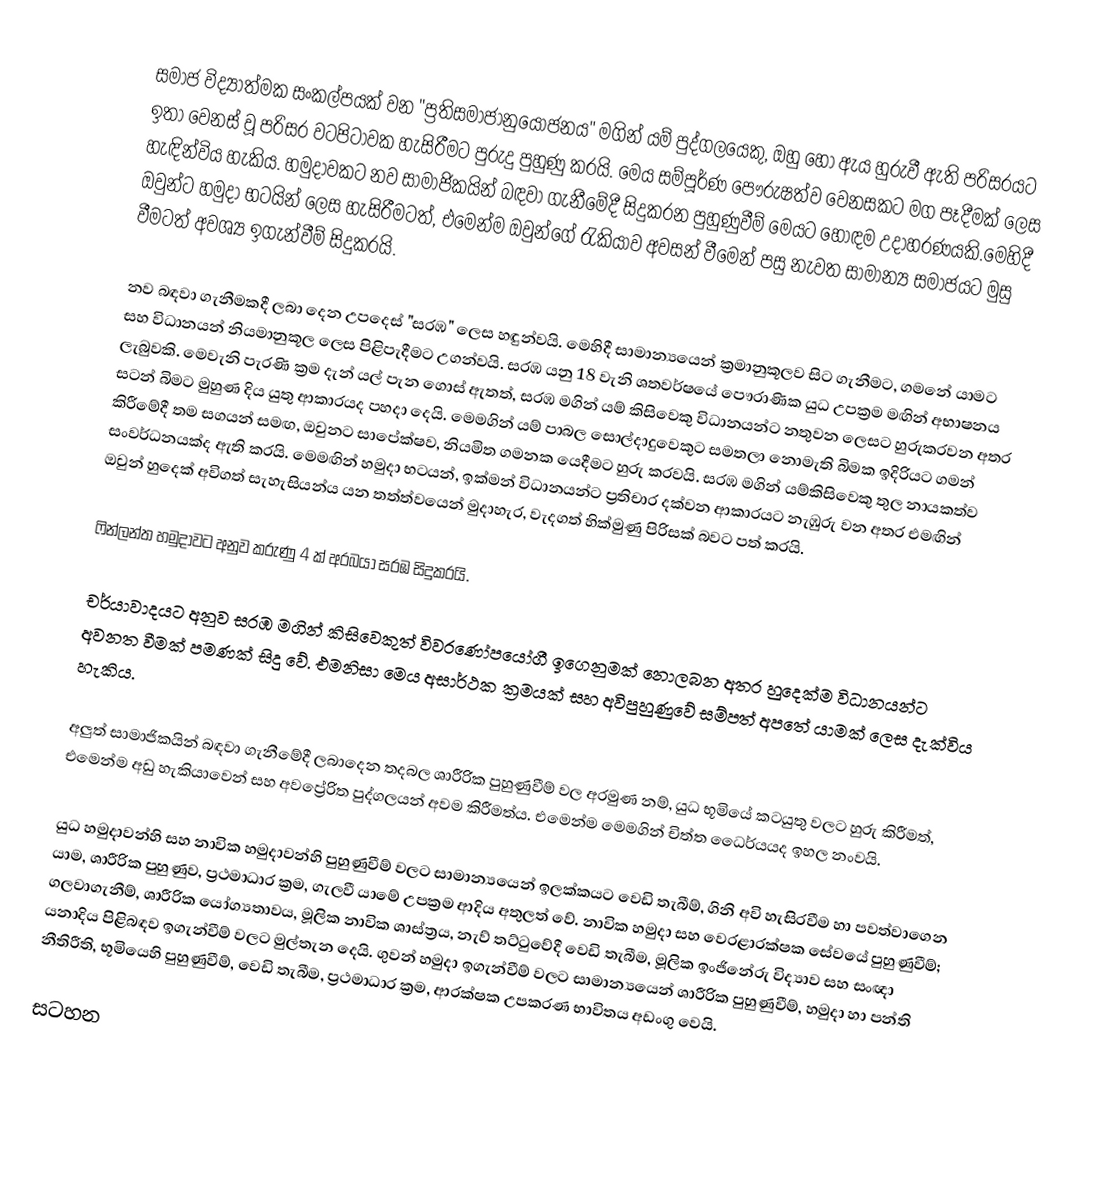
සමාජ විද්‍යාත්මක සංකල්පයක් වන "ප්‍රතිසමාජානුයෝජනය" මගින් යම් පුද්ගලයෙකු, ඔහු හෝ ඇය හුරුවී ඇති පරිසරයට ඉතා වෙනස් වූ පරිසර වටපිටාවක හැසිරීමට පුරුදු පුහුණු කරයි. මෙය සම්පූර්ණ පෞරුෂත්ව වෙනසකට මග පෑදීමක් ලෙස හැඳින්විය හැකිය. හමුදාවකට නව සාමාජිකයින් බඳවා ගැනීමේදී සිදුකරන පුහුණුවීම් මෙයට හොඳම උදාහරණයකි.මෙහිදී ඔවුන්ට හමුදා භටයින් ලෙස හැසිරීමටත්, එමෙන්ම ඔවුන්ගේ රැකියාව අවසන් වීමෙන් පසු නැවත සාමාන්‍ය සමාජයට මුසු වීමටත් අවශ්‍ය ඉගැන්වීම් සිදුකරයි.

නව බඳවා ගැනීමකදී ලබා දෙන උපදෙස්  "සරඹ" ලෙස හඳුන්වයි. මෙහිදී සාමාන්‍යයෙන් ක්‍රමානුකූලව සිට ගැනීමට, ගමනේ යාමට සහ විධානයන් නියමානුකූල ලෙස පිළිපැදීමට උගන්වයි. සරඹ යනු 18 වැනි ශතවර්ෂයේ පෞරාණික යුධ උපක්‍රම මඟින් අභාෂනය ලැබුවකි. මෙවැනි පැරණි ක්‍රම දැන් යල් පැන ගොස් ඇතත්, සරඹ මගින් යම් කිසිවෙකු විධානයන්ට නතුවන ලෙසට හුරුකරවන අතර සටන් බිමට මුහුණ දිය යුතු ආකාරයද පහදා දෙයි. මෙමගින් යම් පාබල සොල්දාදුවෙකුට සමතලා නොමැති බිමක ඉදිරියට ගමන් කිරීමේදී තම සගයන් සමඟ, ඔවුනට සාපේක්ෂව, නියමිත ගමනක යෙදීමට හුරු කරවයි. සරඹ මගින් යම්කිසිවෙකු තුල නායකත්ව සංවර්ධනයක්ද ඇති කරයි. මෙමඟින් හමුදා භටයන්, ඉක්මන් විධානයන්ට ප්‍රතිචාර දක්වන ආකාරයට නැඹුරු වන අතර එමඟින් ඔවුන් හුදෙක් අවිගත් සැහැසියන්ය යන තත්ත්වයෙන් මුදාහැර, වැදගත් හික්මුණු පිරිසක් බවට පත් කරයි.

ෆින්ලන්ත හමුදාවට අනුව කරුණු 4 ක් අරබයා සරඹ සිදුකරයි.

චර්යාවාදයට අනුව සරඹ මගින් කිසිවෙකුත් විවරණෝපයෝගී ඉගෙනුමක් නොලබන අතර හුදෙක්ම විධානයන්ට අවනත වීමක් පමණක් සිදු වේ. එමනිසා මෙය අසාර්ථක ක්‍රමයක් සහ අවිපුහුණුවේ සම්පත් අපතේ යාමක් ලෙස දැක්විය හැකිය.

අලුත් සාමාජිකයින් බඳවා ගැනීමේදී ලබාදෙන තදබල ශාරීරික පුහුණුවීම් වල අරමුණ නම්, යුධ භූමියේ කටයුතු වලට හුරු කිරීමත්, එමෙන්ම අඩු හැකියාවෙන් සහ අවප්‍රේරිත පුද්ගලයන් අවම කිරීමත්ය. එමෙන්ම මෙමගින් චිත්ත ධෛර්යයද ඉහල නංවයි.

යුධ හමුදාවන්හි සහ නාවික හමුදාවන්හි පුහුණුවීම් වලට සාමාන්‍යයෙන් ඉලක්කයට වෙඩි තැබීම්, ගිනි අවි හැසිරවීම හා පවත්වාගෙන යාම, ශාරීරික පුහුණුව, ප්‍රථමාධාර ක්‍රම, ගැලවී යාමේ උපක්‍රම ආදිය අතුලත් වේ. නාවික හමුදා සහ වෙරළාරක්ෂක සේවයේ පුහුණුවීම්; ගලවාගැනීම්, ශාරීරික යෝග්‍යතාවය, මූලික නාවික ශාස්ත්‍රය, නැව් තට්ටුවේදී වෙඩි තැබීම, මූලික  ඉංජිනේරු විද්‍යාව සහ සංඥා යනාදිය පිළිබඳව ඉගැන්වීම් වලට මුල්තැන දෙයි. ගුවන් හමුදා ඉගැන්වීම් වලට සාමාන්‍යයෙන් ශාරීරික පුහුණුවීම්, හමුදා හා පන්ති නීතිරීති, භූමියෙහි පුහුණුවීම්, වෙඩි තැබීම, ප්‍රථමාධාර ක්‍රම, ආරක්ෂක උපකරණ භාවිතය අඩංගු වෙයි.

සටහන